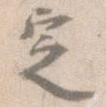
定